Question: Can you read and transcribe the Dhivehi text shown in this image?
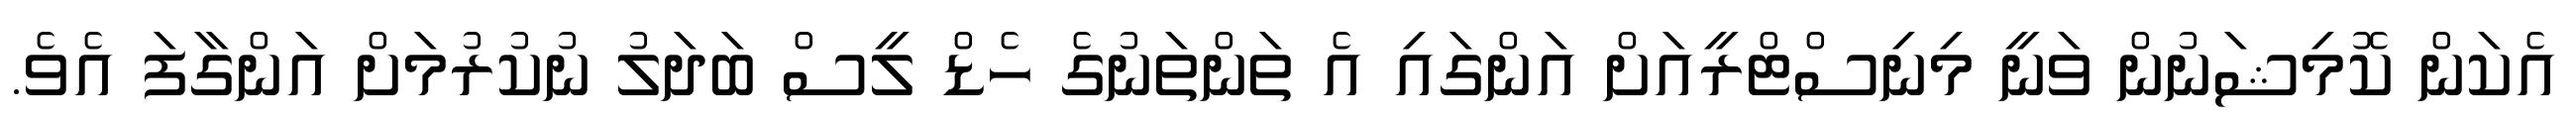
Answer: އެކަން ކޮމިޝަނުން ވަނީ މިނިސްޓްރީއަށް އަންގައި އެ ތަންތަނުގެ ހެޑް ލީސް ބަދަލު ނުކުރުމަށް އަންގާފަ އެވެ.